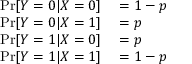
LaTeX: \begin{array} { r l } { \Pr [ Y = 0 | X = 0 ] } & { { } = 1 - p } \\ { \Pr [ Y = 0 | X = 1 ] } & { { } = p } \\ { \Pr [ Y = 1 | X = 0 ] } & { { } = p } \\ { \Pr [ Y = 1 | X = 1 ] } & { { } = 1 - p } \end{array}